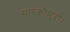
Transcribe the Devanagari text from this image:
सारकौमुदी।